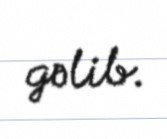
gəlib.